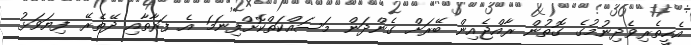
އެހީތެރިވެދިނުމުގެ ގޮތުން ރާއްޖެއިން ބޭރަށް ގެންދަން މަސައްކަތްކޮށްފިނަމަ އެ ފަރާތާއި ދޭތެރޭ ފިޔަވަޅު